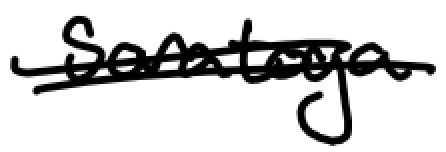
Text: Saratoga
Cross-out: double-line
Writing tool: digital_black